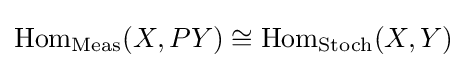
\mathrm {Hom} _{\mathrm {Meas} }(X,PY)\cong \mathrm {Hom} _{\mathrm {Stoch} }(X,Y)